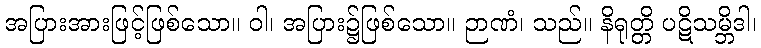
အပြားအားဖြင့်ဖြစ်သော။ ဝါ၊ အပြား၌ဖြစ်သော။ ဉာဏံ၊ သည်။ နိရုတ္တိ ပဋိသမ္ဘိဒါ၊